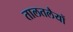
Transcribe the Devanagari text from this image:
तालतलैयों